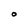
Character: O